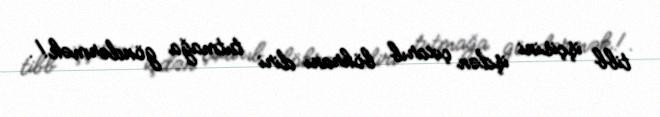
tibb işçisini işdən çıxarıb böhranı diri tutmağa göndərmək!.